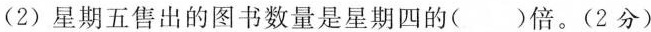
(2) 星期五售出的图书数量是星期四的( )倍。(2分）